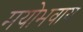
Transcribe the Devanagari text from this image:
मयोभवाय